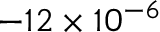
- 1 2 \times 1 0 ^ { - 6 }